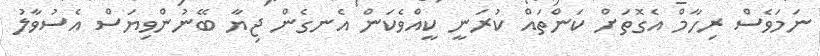
ނަމަވެސް ރިހާމް އެގޮތަށް ކަންތައް ކުރަނީ ކީއްވެކަން އެނގެން ޖިޔާ ބޭނުންވިޔަސް އެސުވާލު